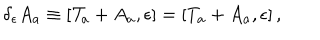
LaTeX: \delta _ { \epsilon } A _ { a } \equiv [ { \cal T } _ { a } + A _ { a } , \epsilon ] = [ T _ { a } + A _ { a } , \epsilon ] \, ,